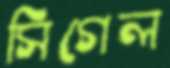
সিগেল